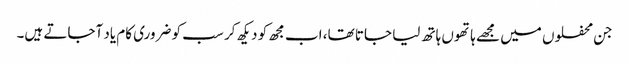
جن محفلوں میں مجھے ہاتھوں ہاتھ لیا جاتا تھا، اب مجھ کو دیکھ کر سب کو ضروری کام یاد آجاتے ہیں۔